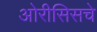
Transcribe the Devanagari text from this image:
ओरीसिसचे